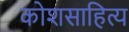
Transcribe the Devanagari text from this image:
कोशसाहित्य